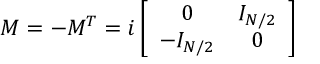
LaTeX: M = - M ^ { T } = i \left[ \begin{array} { c c } { { 0 } } & { { I _ { N / 2 } } } \\ { { - I _ { N / 2 } } } & { { 0 } } \end{array} \right]